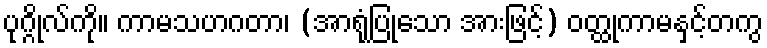
ပုဂ္ဂိုလ်ကို။ ကာမသဟဂတာ၊ (အာရုံပြုသော အားဖြင့်) ဝတ္ထုကာမနှင့်တကွ